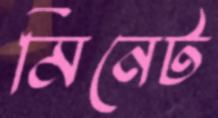
মিনেট